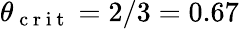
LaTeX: \theta_{\mathrm{~c~r~i~t~}}=2/3=0.67